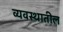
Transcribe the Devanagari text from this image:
व्यवस्थातील